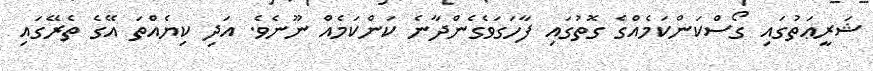
ޝަރީޢަތުގައި ގޯސްކަންކަމެއްގެ ގޮތުގައި ފާހަގަވެގެންދާނެ ކަންކަމެއް ނޫނެވެ. އަދި ކިޔެއްތަ އޭގެ ތެރޭގައި